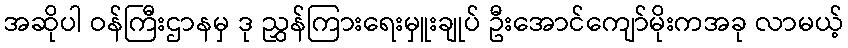
အဆိုပါ ဝန်ကြီးဌာနမှ ဒု ညွှန်ကြားရေးမှူးချုပ် ဦးအောင်ကျော်မိုးကအခု လာမယ့်